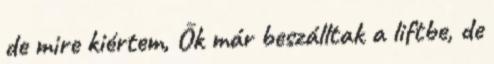
de mire kiértem, Õk már beszálltak a liftbe, de